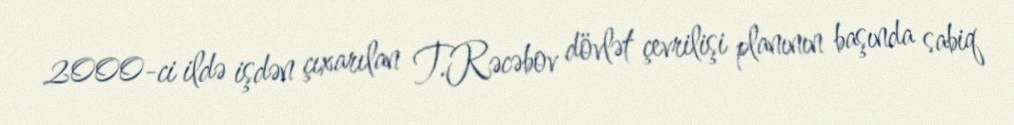
2000-ci ildə işdən çıxarılan T.Rəcəbov dövlət çevrilişi planının başında sabiq